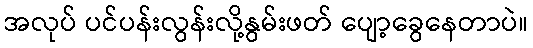
အလုပ် ပင်ပန်းလွန်းလို့နွမ်းဖတ် ပျော့ခွေနေတာပဲ။